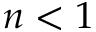
n < 1